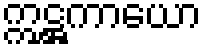
ဣဋ္ဌကာယော